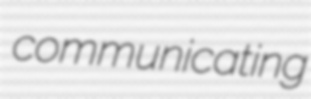
communicating